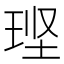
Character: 𮴚